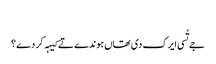
‏
جے تُسی ایرک دی تھاں ہوندے تے کیہہ کر دے؟